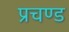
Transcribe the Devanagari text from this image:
प्रचण्‍ड